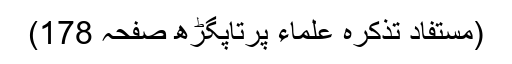
(مستفاد تذکرہ علماء پرتاپگڑھ صفحہ 178)